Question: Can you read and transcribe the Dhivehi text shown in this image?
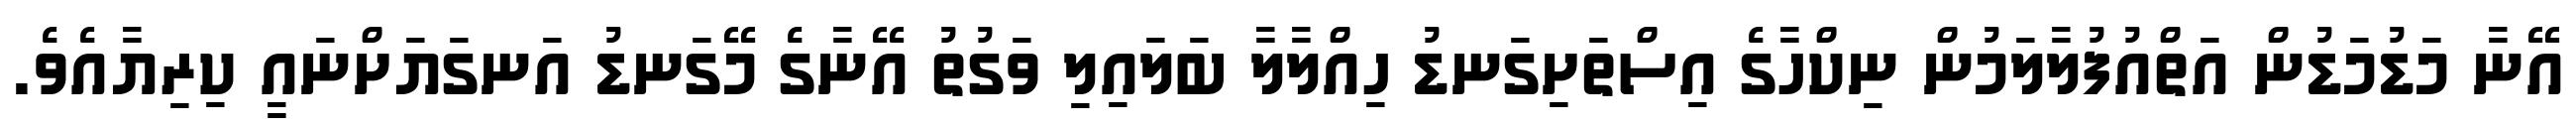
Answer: އޭނާ މަޑުމަޑުން އަތްއުފުލާލަމުން ނިކްހާގެ އިސްތަށިގަނޑު ހިއްލާލާ ބަލައިލި ވަގުތު އޭނާގެ މޭގަނޑު އަނގަޔަށްނައީ ކިރިޔާއެވެ.